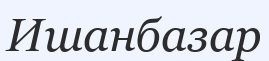
Ишанбазар